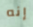
إنه